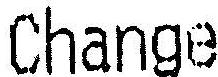
CHANGE